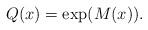
LaTeX: \begin{align*}Q(x) = \exp(M(x)).\end{align*}